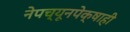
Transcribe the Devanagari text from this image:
नेपच्यूनपेक्षाही